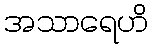
အသာရေဟိ